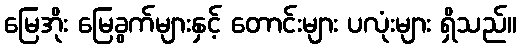
မြေအိုး မြေခွက်များနှင့် တောင်းများ ပလုံးများ ရှိသည်။